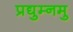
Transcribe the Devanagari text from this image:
प्रद्युम्नमु